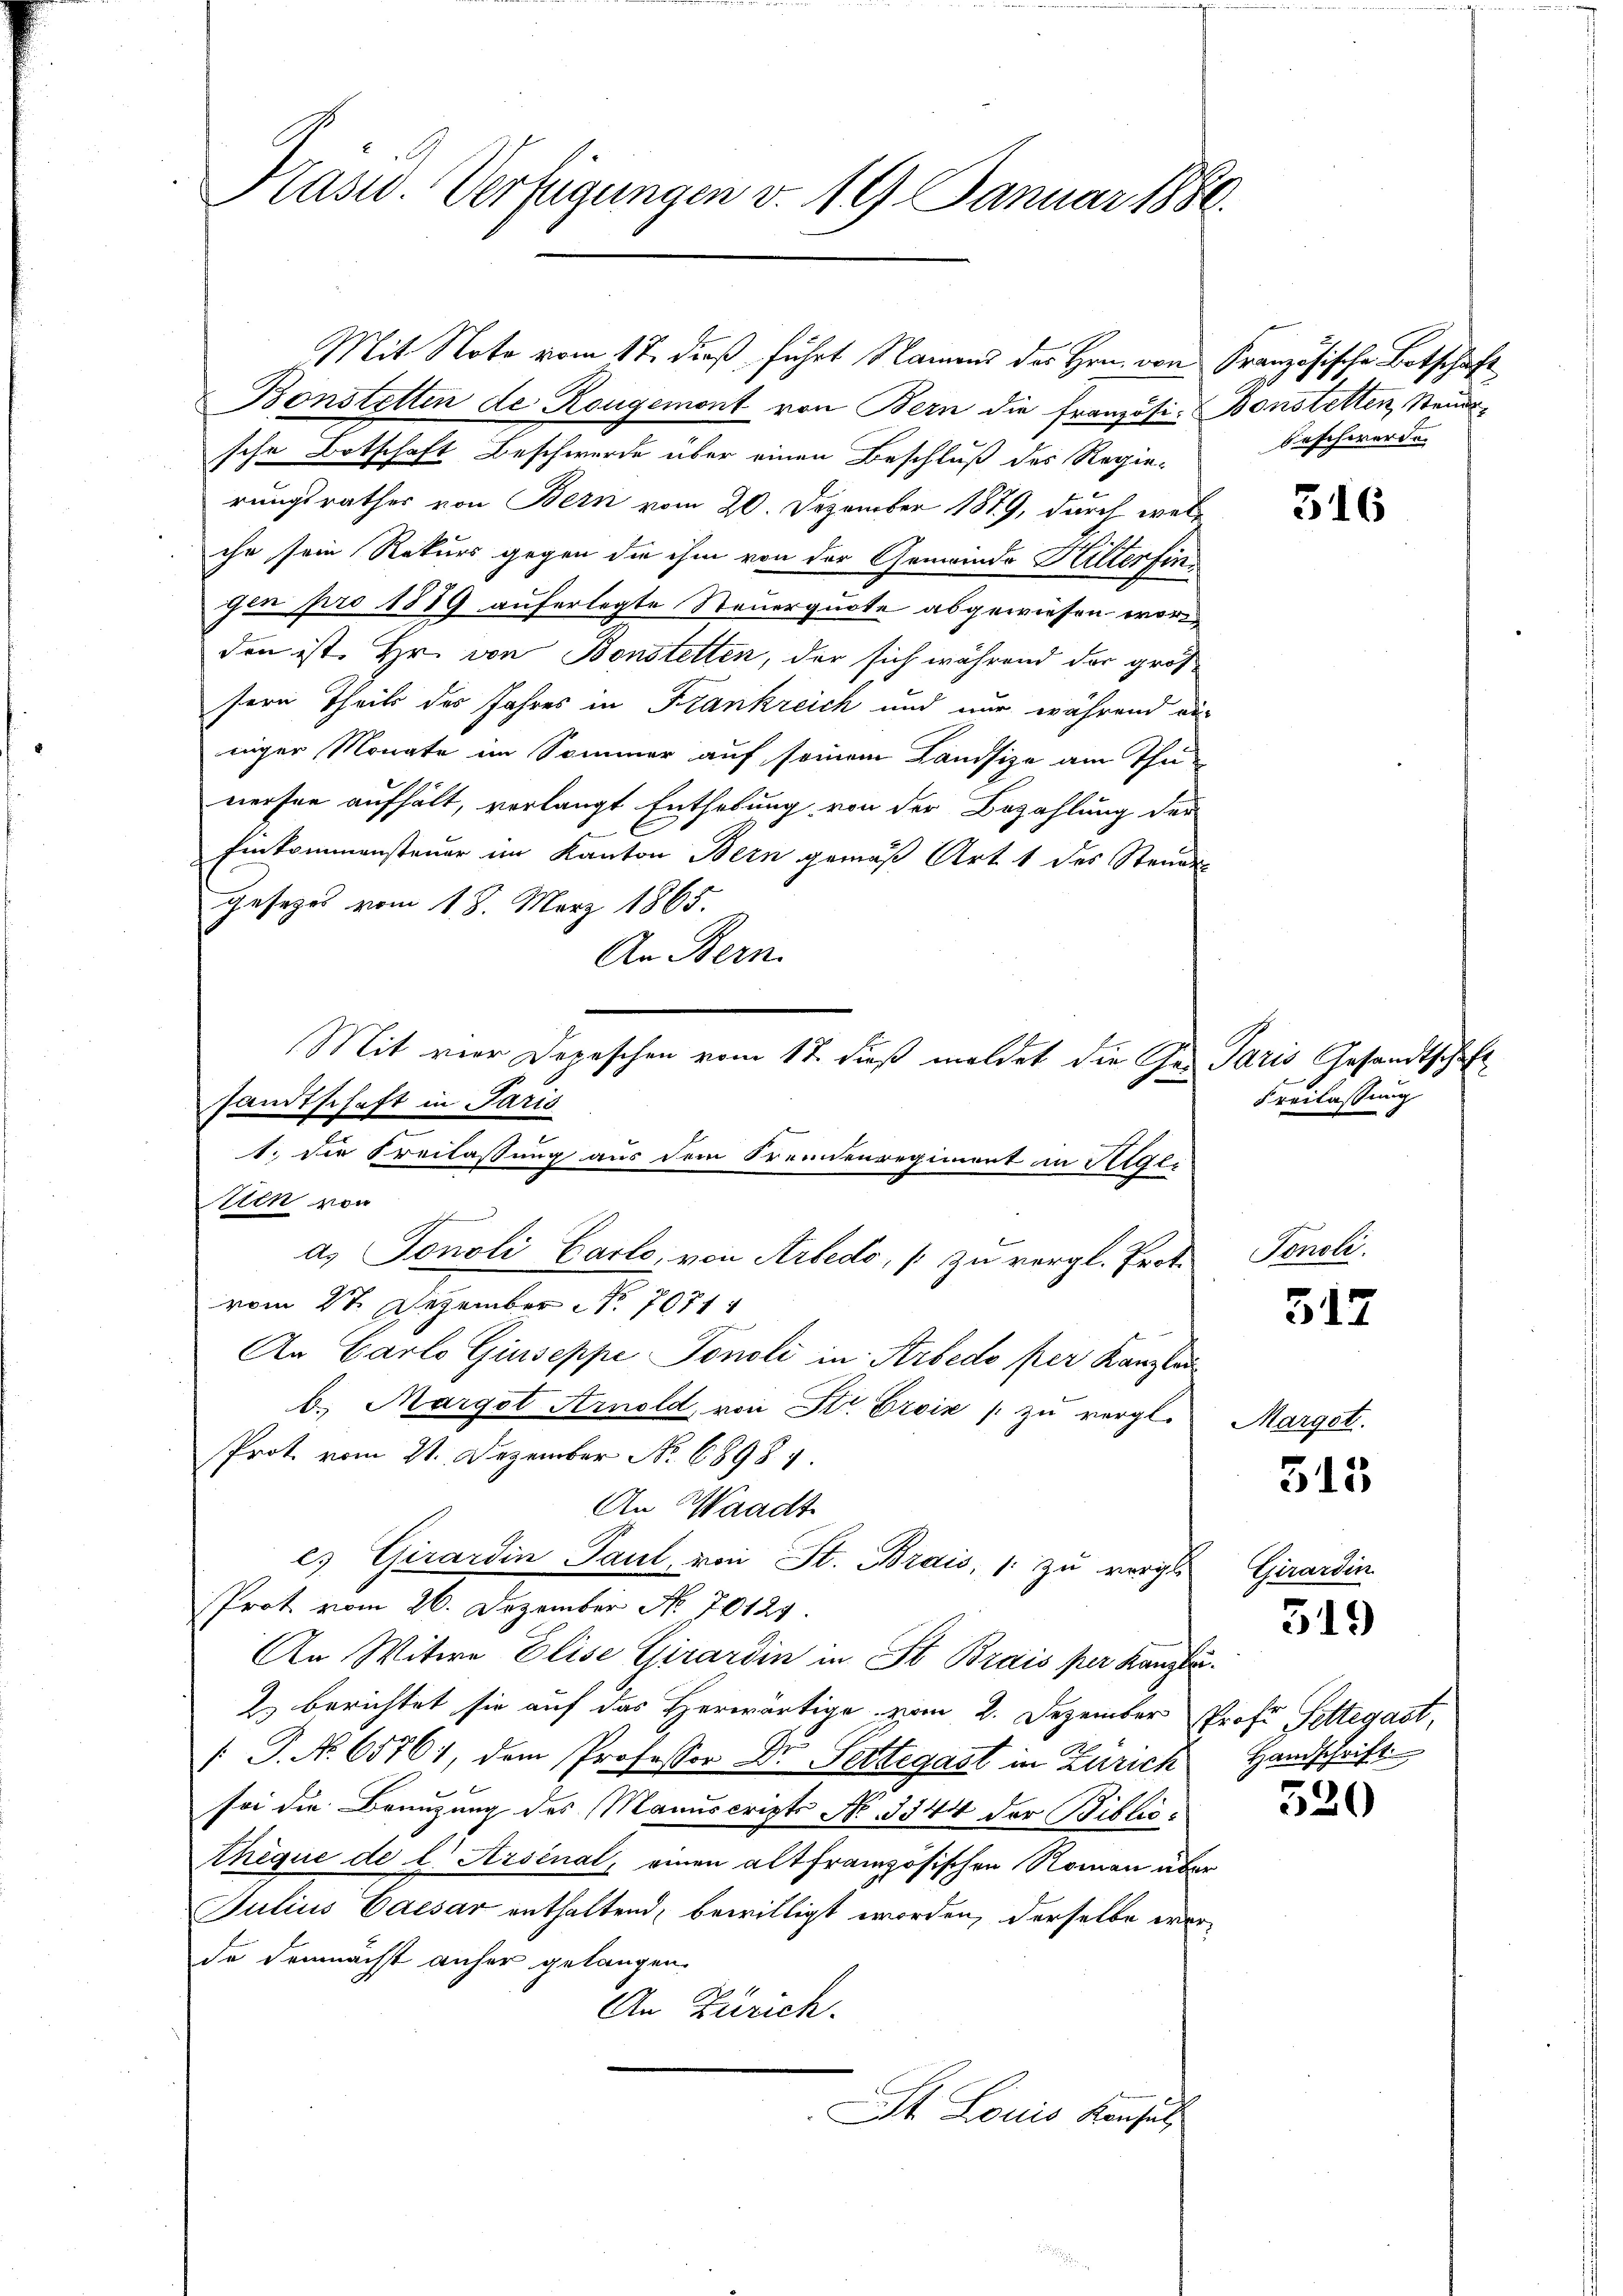
Kasu. Verfügungen v. 19 Januar 1880.

Mit Note vom 17. dieß führt Namend des Hrn. von
Bonstetten de Rougemont von Bern die französi-
sche Botschaft Beschwerde über einen Beschluß des Regie-
rungsrathes von Bern vom 20. Dezember 1879, durch welche sein Rekurs gegen die ihm von der Gemeinde Hilterfins
gen pro 1889 auferlegte Steuerquote abgewiesen worden ist. Hr. von Bonstetten, der sich während der groß
sern Theils des Jahres in Frankreich und nur während an
niger Monate im Sommer auf seinem Landsize am Thuwerfen aufhält, verlangt Enthebung von der Bezahlung der
Einkommensteuer im Kanton Bern gemäß Art. 1 des Steue
gesezes vom 18. März 1865.
An Bern.
Mit vier Depeschen vom 17. dieß meldet die Gesandtschaft in Paris
1. Die Freilassung aus dem Fremdenregiment in Rigli
tten von
a. Tonoli Carlo, von Arbedo, / zu vergl. Proti
vom 27. Dezember No. 7071
An Carlo Giuseppe Tonsli in Arbedo per Kanzlan
b. Marget Arnold, von Sr. Eroix / zu vergl.
Prot. vom 21. Dezember No 68984.
An Waadt
es Girardin Paul, von St. Brais, (: zu vergle
Prot. vom 26. Dezember No. 70129
An Witwe Elise Girardin in St. Brais per Kanzle
2) berichtet sie auf das Herwärtige vom 2. Dezember Prof. Settegast,
[P. No. 65761, dem Professor Dr. Pettegast in Zürich
sei die Benutzung des Manuscripts No 3344 der Biblio¬
Ahèque de l. Arsenal, einen alt französischen Roman über
Julius Caesar enthaltend, bewilligt worden, derselbe werde demnächst anher gelangen.
An Zürich.
St. Louis Konsul

Französische Botschaft
Bonstetten, Stande
Beschwerde.

Paris Gesandtschaft
Freilassung

516

Tonoli.

517

Marget.

315

Girardin

519

Handschrift

u

520